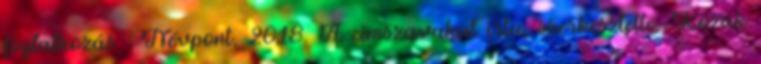
foglalkozás . Névpont, 2018. A címszavakat írta, szerkesztette: Kozák